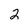
Character: 2